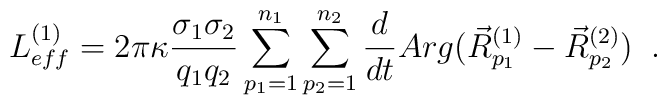
L^{(1)}_{eff}=2\pi\kappa\frac{\sigma_{1}\sigma_{2}}{q_{1}q_{2}}                    \sum^{n_{1}}_{p_{1}=1} \sum^{n_{2}}_{p_{2}=1}                    \frac{d}{dt}                    Arg( \vec{R}^{(1)}_{p_{1}} - \vec{R}^{(2)}_{p_{2}} ) \;\;.